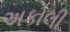
અકોલી